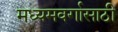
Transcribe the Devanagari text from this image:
मध्यमवर्गासाठी